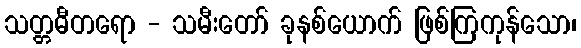
သတ္တဓီတရော - သမီးတော် ခုနစ်ယောက် ဖြစ်ကြကုန်သော၊